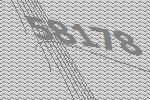
58178